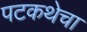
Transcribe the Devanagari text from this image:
पटकथेचा